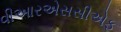
વીઆરએસસીએફ